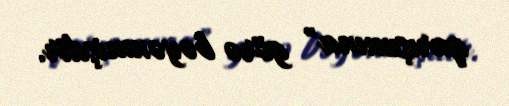
qarışımına" görə bəyənmişdir.